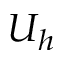
U _ { h }